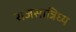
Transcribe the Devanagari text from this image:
राजसान्निध्य